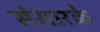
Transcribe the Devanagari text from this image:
संसारके